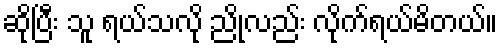
ဆိုပြီး သူ ရယ်သလို ညိုလည်း လိုက်ရယ်မိတယ်။